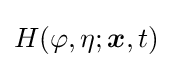
H(\varphi ,\eta ;{\boldsymbol {x}},t)